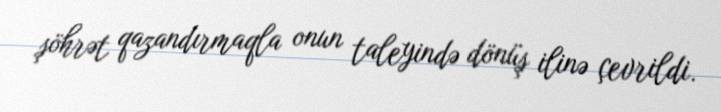
şöhrət qazandırmaqla onun taleyində dönüş ilinə çevrildi.